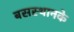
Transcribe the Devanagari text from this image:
बसस्थानके